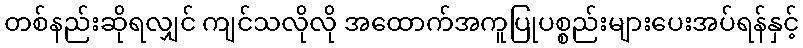
တစ်နည်းဆိုရလျှင် ကျင်သလိုလို အထောက်အကူပြုပစ္စည်းများပေးအပ်ရန်နှင့်